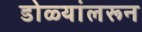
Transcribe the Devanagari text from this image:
डोळ्यांलरून